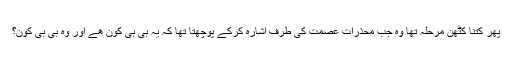
پھر کتنا کٹھن مرحلہ تھا وہ جب محذرات عصمت کی طرف اشارہ کرکے پوچھتا تھا کہ یہ بی بی کون ھے اور وہ بی بی کون؟